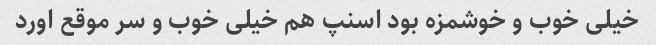
خیلی خوب و خوشمزه بود اسنپ هم خیلی خوب و سر موقع اورد